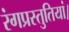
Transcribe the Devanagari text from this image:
रंगप्रस्तुतियां।